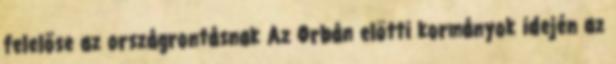
felelőse az országrontásnak Az Orbán elötti kormányok idején az